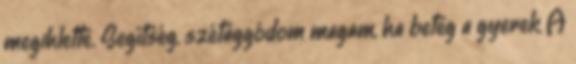
megihlette. Segítség, szétaggódom magam, ha beteg a gyerek A